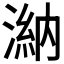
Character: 𣻀